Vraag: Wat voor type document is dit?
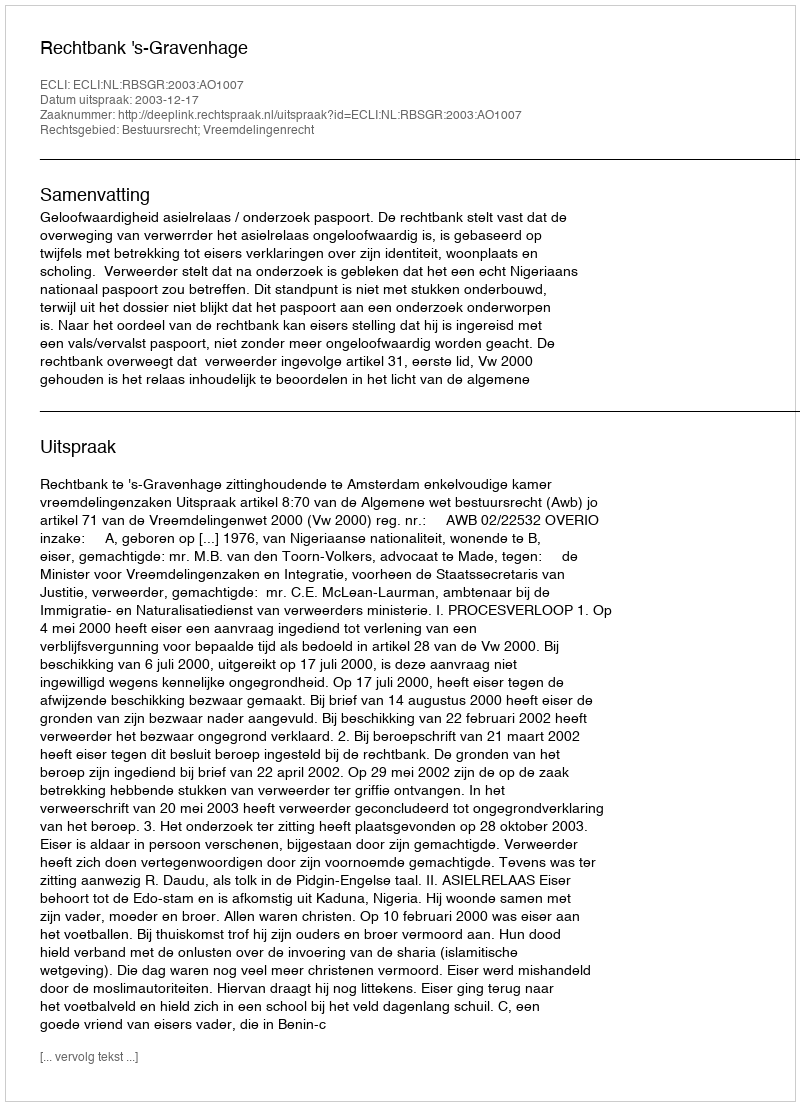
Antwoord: Uitspraak